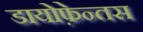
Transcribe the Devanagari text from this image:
डायोफ़ेन्तस